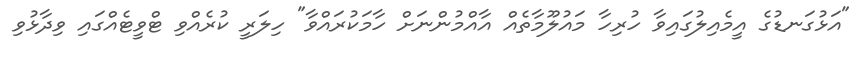
"އަޅުގަނޑުގެ އީމެއިލުގައިވާ ހުރިހާ މައުލޫމާތެއް އާއްމުންނަށް ހާމަކުރައްވާ" ހިލަރީ ކުރެއްވި ޓްވީޓެއްގައި ވިދާޅުވި